Lunatic asylums Madras 1877-1891 - 1877-1891
Year: 1877
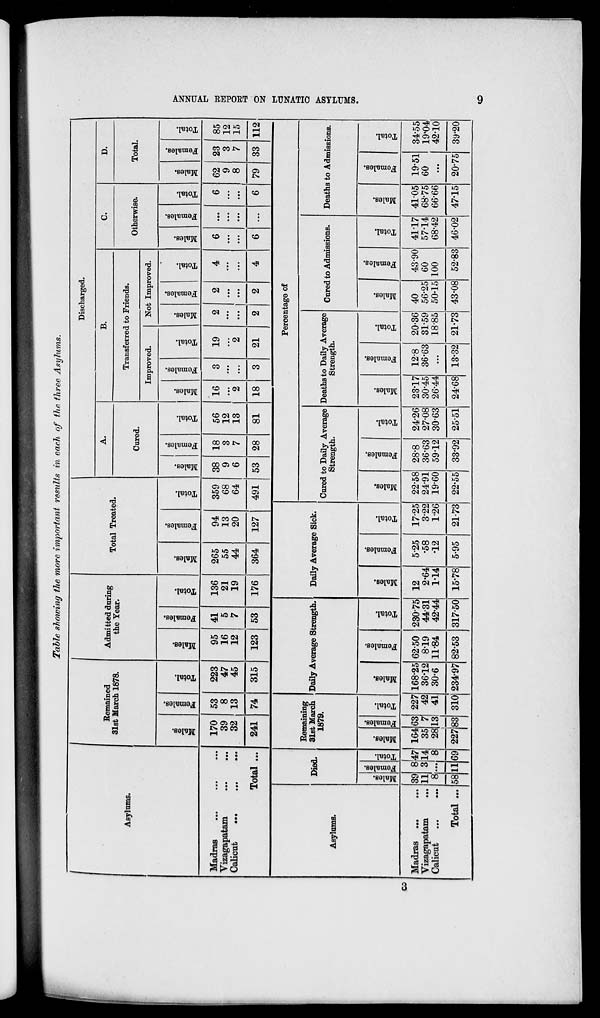
9
ANNUAL REPORT ON LUNATIC ASYLUMS.
Table showing the more important results in each of the three
Asylums.
Asylums.
Madras
...
...
...
Vizagapatam ... ...
Calicut
...
...
...
Total ...
Asylums.
Madras
...
...
Vizagapatam
...
Calicut ... ...
Total ...
Died.
Males.
39
11
8
58
Females.
8
3
...
11
Total.
47
14
8
69
Remained
31st March 1878.
Males.
170
39
32
241
Females.
53
8
13
74
Remaining
31st March
1879.
Males.
164
35
28
227
Females.
63
7
13
83
Total.
227
42
41
310
Total.
223
47
45
315
Admitted during
the Year.
Males.
95
16
12
123
Females.
41
5
7
53
Total.
136
21
19
176
Daily Average Strength.
Males.
168.25
36.12
30.6
234.97
Females.
62.50
8.19
11.84
82.53
Total.
230.75
44.31
42.44
317.50
Total Treated.
Males.
265
55
44
364
Females.
94
13
20
127
Total.
359
68
64
491
Daily Average Sick.
Males.
12
2.64
1.14
15.78
Females.
5.25
.58
.12
5.95
Total.
17.25
3.22
1.26
21.73
Discharged.
A.
Cured.
Males.
38
9
6
53
Females.
18
3
7
28
Total.
56
12
13
81
B.
Transferred to Friends.
Improved.
Males.
16
...
2
18
Females.
3
...
...
3
Total.
19
...
2
21
Not Improved.
Males.
2
...
...
2
Females.
2
...
...
2
Total.
4
...
...
4
C.
Otherwise.
Males.
6
...
...
6
Females.
...
...
...
...
Total.
6
...
...
6
D.
Total.
Males.
62
9
8
79
Females.
23
3
7
33
Total.
85
12
15
112
Percentage of
Cured to Daily Average
Strength.
Males.
22.58
24.91
19.60
22.55
Females.
28.8
36.63
59.12
33.92
Total.
24.26
27.08
30.63
25.51
Deaths to Daily Average
Strength.
Males.
23.17
30.45
26.44
24.68
Females.
12.8
36.63
...
13.32
Total.
20.36
31.59
18.85
21.73
Cured to Admissions.
Males.
40
56.25
50.15
43.08
Females.
43.90
60
100
52.83
Total.
41.17
57.14
68.42
46.02
Deaths to Admissions.
Males.
41.05
68.75
66.66
47.15
Females.
19.51
60
...
20.75
Total.
34.55
19.04
42.10
39.20
3